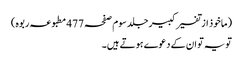
(ماخوذ از تفسیر کبیر جلد سوم صفحہ 477 مطبوعہ ربوہ)
تو یہ تو ان کے دعوے ہوتے ہیں۔